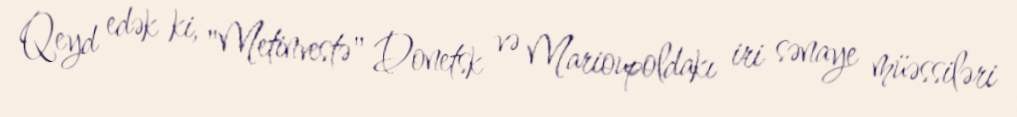
Qeyd edək ki, "Metinvestə" Donetsk və Marioupoldakı iri sənaye müəssiləri